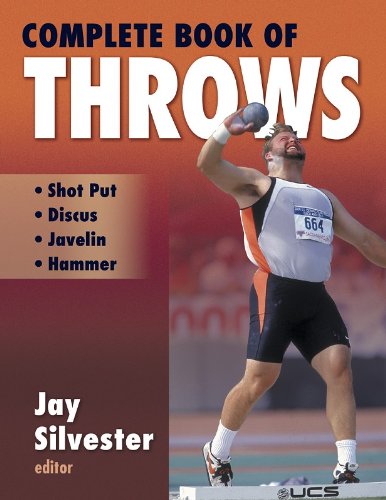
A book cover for Complete Book of Throws; Jay Silvester; Sports & Outdoors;